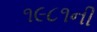
૧૯૮૧ની